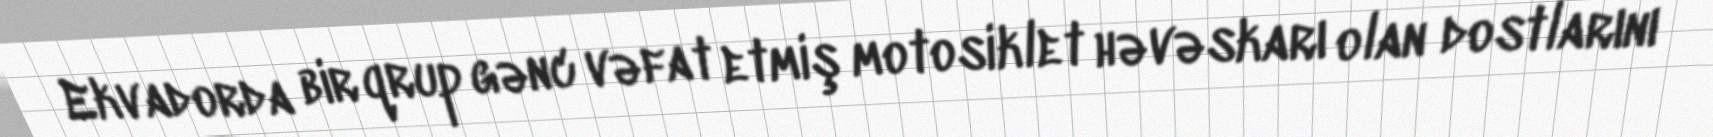
Ekvadorda bir qrup gənc vəfat etmiş motosiklet həvəskarı olan dostlarını